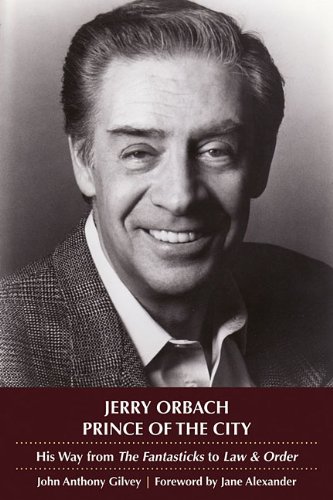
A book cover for Jerry Orbach, Prince of the City: His Way from "The Fantasticks" to "Law and Order"; John Anthony Gilvey; Biographies & Memoirs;